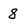
Character: 8